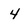
Character: 4